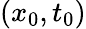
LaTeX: (x_{0},t_{0})